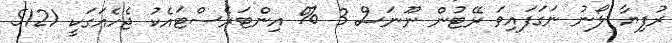
ރުފިޔާ ލޯނު ނަގަފައިވަ ރޭޓުން ނޫނަސް 3 % އިންޓަރެސްޓައެކު ޖެހެއަގަކީ 5121